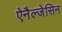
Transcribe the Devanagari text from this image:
ऐनैल्जेसिन